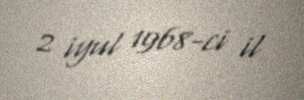
2 iyul 1968-ci il